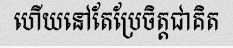
ហើយនៅតែប្រែចិត្តជាគិត